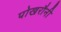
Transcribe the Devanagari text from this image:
पोखरौनी